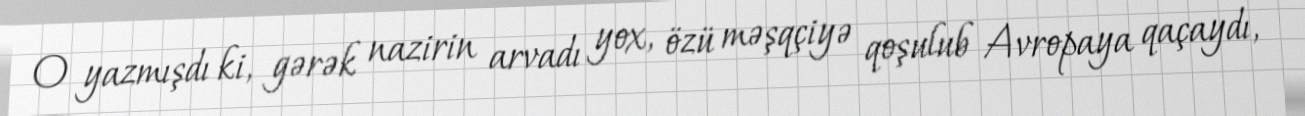
O yazmışdı ki, gərək nazirin arvadı yox, özü məşqçiyə qoşulub Avropaya qaçaydı,